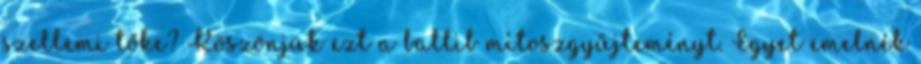
szellemi tőke? Köszönjük ezt a ballib mítoszgyűjteményt. Egyet emelnék